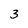
Character: 3